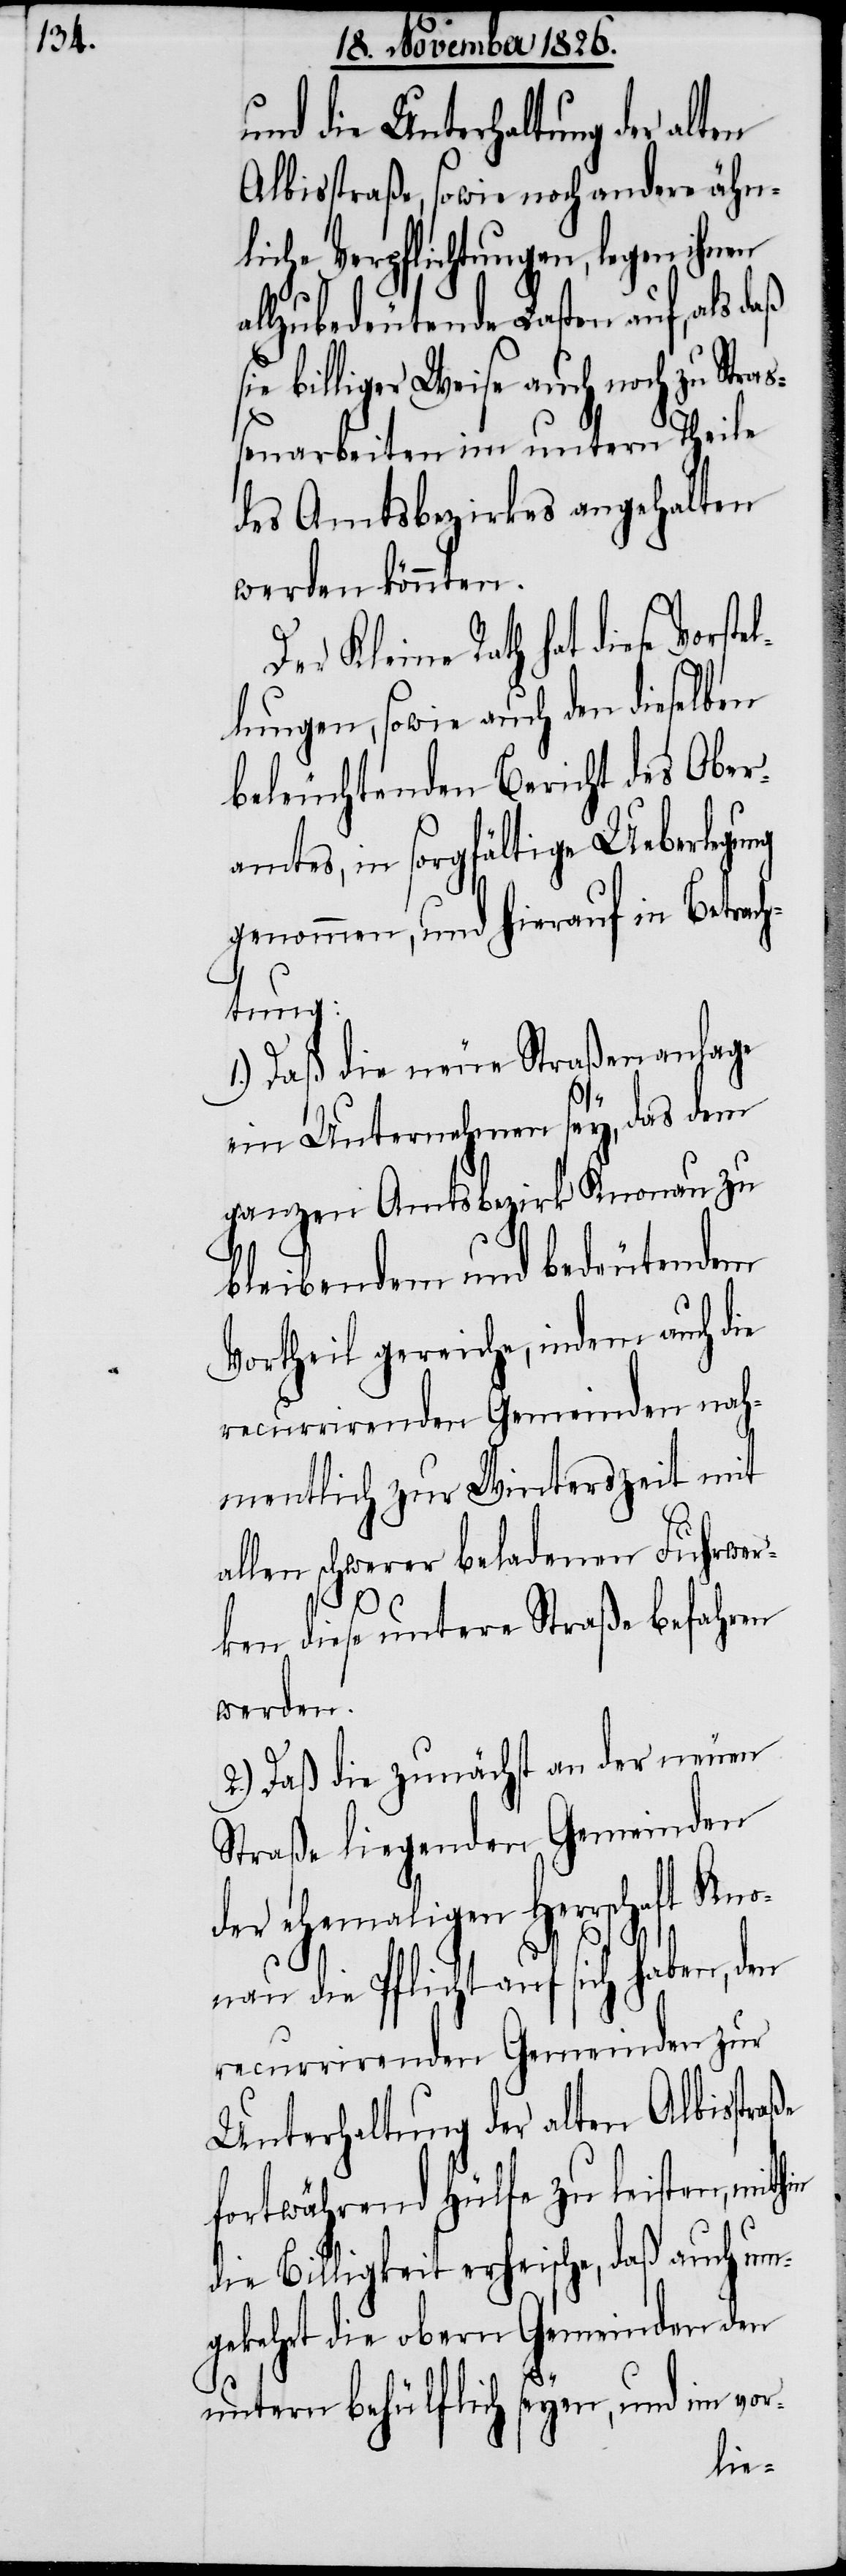
aß s¬

und die Unterhaltung der alten
Albisstraße, sowie noch andere ähn¬
liche Verpflichtungen, legen ihnen
lzubedeutende Lasten auf, als d¬
ie billiger Weise auch noch zu Stra¬
ßenarbeiten im untern Theile
des Amtsbezirkes angehalten
werden könnten.
Der Kleine Rath hat diese Vorst¬
lungen, sowie auch den dieselben
beleuchtenden Bericht des Ober¬
amtes, in sorgfältige Ueberlegung
genommen, und hierauf in Betrach¬
tung:
1.) Daß die neue Straßenanlage
ein Unternehmen sey, das dem
ganzen Amtsbezirk Knonau zu
bleibendem bedeutendem
Vortheil gereiche, indem auch die
recurrirenden Gemeinden nah¬
mentlich zur Winterszeit mit
allen schwerer beladenen Fuhrwer¬
ken diese untere Straße befahren
werden.
2.) Daß die zunächst an der neuen
Straße liegenden Gemeinden
der ehemaligen Herrschaft K¬
nonau die Pflicht auf sich haben, den
recurrirenden Gemeinden zur
Unterhaltung der alten Albisstraße
fortwährend Hülfe zu leisten,
die Billigkeit erheische, daß auch um¬
gekehrt die obern Gemeinden den
untern behülflich seyen, und im vor-
el¬